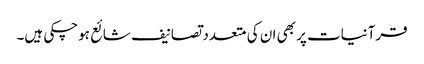
قرآنیات پر بھی ان کی متعدد تصانیف شائع ہوچکی ہیں۔